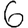
Digit: 6